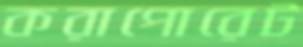
করাপোরেট